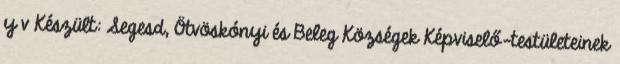
y v Készült: Segesd, Ötvöskónyi és Beleg Községek Képviselő-testületeinek